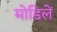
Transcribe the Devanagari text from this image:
मोडिलें